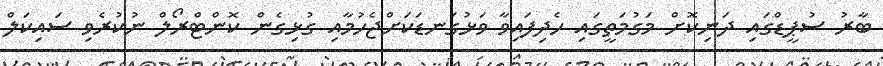
ބާރު ސުޕީޑްގައި ދަނިކޮށް މަގުމަތީގައި ހެދިފައިވާ ވަޅުގަނޑަކަށްޖެހުމާއި ގުޅިގެން ކޮންޓްރޯލް ނުކުރެވި ސައިކަލް